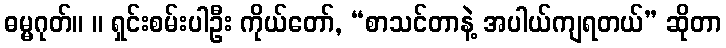
ဓမ္မဂုတ်။ ။ ရှင်းစမ်းပါဦး ကိုယ်တော်, “စာသင်တာနဲ့ အပါယ်ကျရတယ်” ဆိုတာ